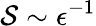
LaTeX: \mathcal{S}\sim\epsilon^{-1}